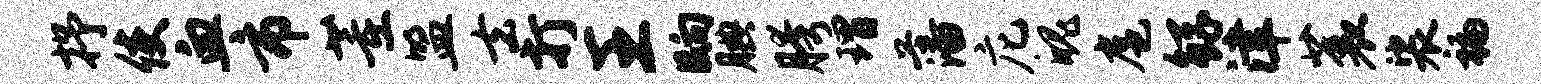
抒使血市董盟去打王晌腆胯瑁藩庀魄扈鲧津蓑裟褊